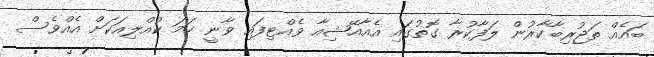
ބައެއް ތަޖުރިބާކާރުން ލަފާކުރާ ގޮތުގައި އެއާއޭޝިއާ ވެއްޓިފައި ވާނީ ހަމަ ކުއްލިއަކަށް އެއްވެސް